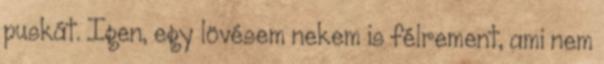
puskát. Igen, egy lövésem nekem is félrement, ami nem